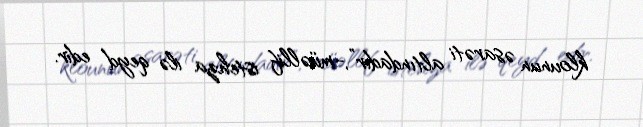
klounun əsarəti altındadır”,-müəllif istehza ilə qeyd edir.